Notes on vaccination in the North-West Frontier Province 1923-1928 - 1923-1928
Year: 1923
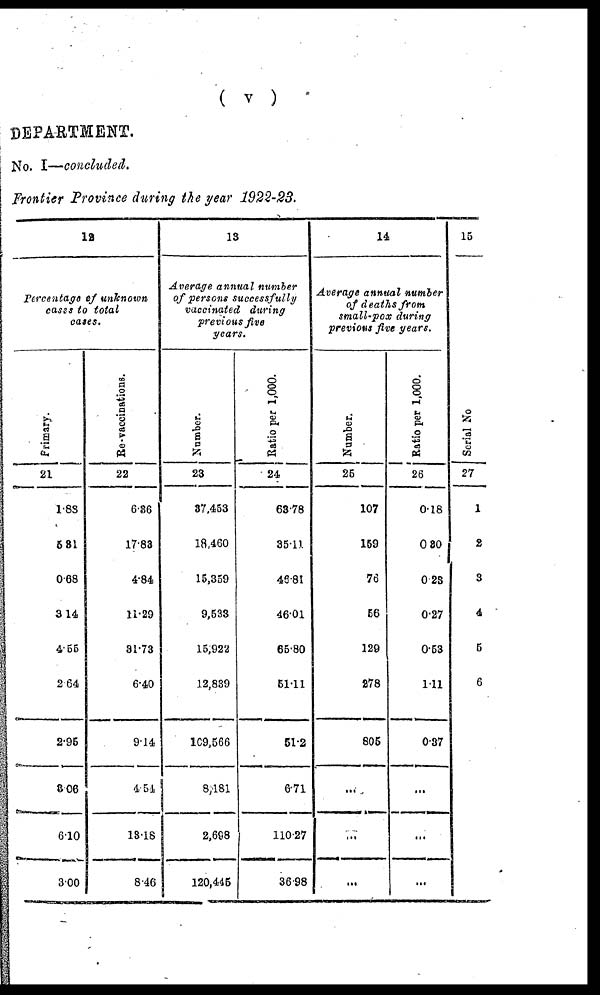
( v )
DEPARTMENT.
No. I—concluded.
Frontier Province during the year 1922-23.
12
Percentage of unknown
cases to total
cases.
Primary.
21
1.88
5.31
0.68
3.14
4.55
2.64
2.95
3.06
6.10
3.00
Re-vaccinations.
22
6.36
17.83
4.84
11.29
31.73
6.40
9.14
4.51
13.18
8.46
13
Average annual number
of persons successfully
vaccinated during
previous five
gears.
Number.
23
37,453
18,460
15,359
9,533
15,922
12,839
109,566
8,181
2,698
120,445
Ratio per 1,000.
24
63.78
35.11
46.81
46.01
65.80
51.11
51.2
6.71
110.27
36.98
14
Average annual number
of deaths from
small-pox during
previous five years.
Number.
25
107
159
76
56
129
278
805
...
...
...
Ratio per 1,000.
26
0.18
0.30
0.23
0.27
0.53
1.11
0.37
...
...
...
15
Serial No
27
1
2
3
4
5
6